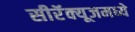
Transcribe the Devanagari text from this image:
सीरॅक्यूजमध्ये